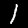
Label: 1